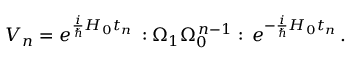
V _ { n } = e ^ { \frac { i } { \hbar } H _ { 0 } t _ { n } } \, : \Omega _ { 1 } \Omega _ { 0 } ^ { \, n - 1 } : \, e ^ { - \frac { i } { \hbar } H _ { 0 } t _ { n } } \, .